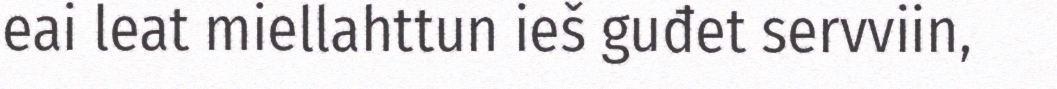
eai leat miellahttun ieš guđet servviin,